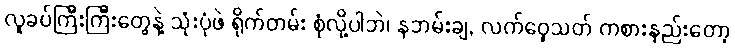
လူခပ်ကြီးကြီးတွေနဲ့ သုံးပုံဖဲ ရိုက်တမ်း စုံလို့ပါဘဲ၊ နဘမ်းချ, လက်ဝှေ့သတ် ကစားနည်းတော့